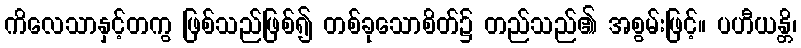
ကိလေသာနှင့်တကွ ဖြစ်သည်ဖြစ်၍ တစ်ခုသောစိတ်၌ တည်သည်၏ အစွမ်းဖြင့်။ ပဟီယန္တိ၊